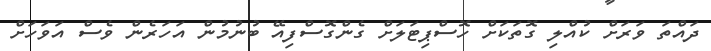
ދައްތަ ވަރަށް ކުއްލި ގޮތަކަށް ހޮސްޕިޓަލަށް ގެންގޮސްފިއޭ ބުނުމުން އަހަރެން ވެސް އަވަހަށް